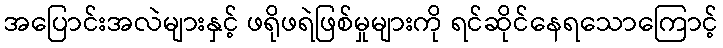
အပြောင်းအလဲများနှင့် ဖရိုဖရဲဖြစ်မှုများကို ရင်ဆိုင်နေရသောကြောင့်